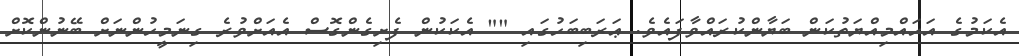
އެކަމުގެ އަހައްމިއްޔަތުކަން ބަޔާންކުރައްވާފައެވެ. ޢަރަބިބަހުގައި "" އެކަކުން ފެށިގެންގޮސް އެއަށްވުރެ ގިނަމީހުންނަށް ބޭނުންކޮށް